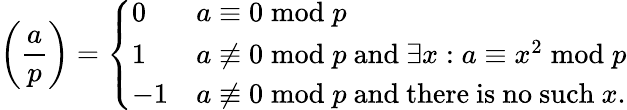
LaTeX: \left({\frac{a}{p}}\right)={\left\{ \begin{array}{ll}{0}&{a\equiv 0{\bmod{p}}}\\ {1}&{a\not\equiv 0{\bmod{p}}{\mathrm{~and~}}\exists x:a\equiv x^{2}{\bmod{p}}}\\ {-1}&{a\not\equiv 0{\bmod{p}}{\mathrm{~and~there~is~no~such~}}x.}\end{array}\right.}